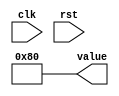
module counter #(parameter CTR_LEN = 27)(
    input clk,
    input rst,
    output reg [7:0] value
);
 
reg[CTR_LEN-1:0] ctr_d, ctr_q;
 
always @(ctr_q) begin
    ctr_d = ctr_q + 1'b1;
 
    if (ctr_q[CTR_LEN-1])
        value = ~ctr_q[CTR_LEN-2:CTR_LEN-9];
    else
        value = ctr_q[CTR_LEN-2:CTR_LEN-9];
    value = 8'd128;//THIS IS FOR TESTING SHOULD BE 50DUT
end
 
always @(posedge clk) begin
    if (rst) begin
        ctr_q <= 1'b0;
    end else begin
        ctr_q <= ctr_d;
    end
end
 
endmodule